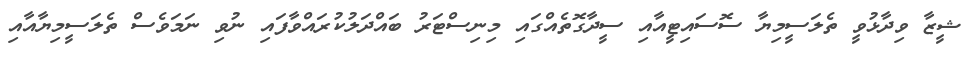
ޝީޒާ ވިދާޅުވީ ތެލަސީމިޔާ ސޮސައިޓީއާއި ސީދާގޮތެއްގައި މިނިސްޓަރު ބައްދަލުކުރައްވާފައި ނުވި ނަމަވެސް ތެލަސީމިޔާއާއި